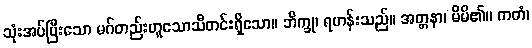
သုံးအပ်ပြီးသော မဂ်တည်းဟူသောသီတင်းရှိသော။ ဘိက္ခု၊ ရဟန်းသည်။ အတ္တနာ၊ မိမိ၏။ ကတံ၊